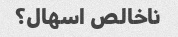
ناخالص اسهال؟